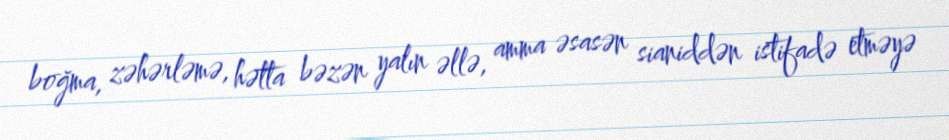
boğma, zəhərləmə, hətta bəzən yalın əllə, amma əsasən sianiddən istifadə etməyə